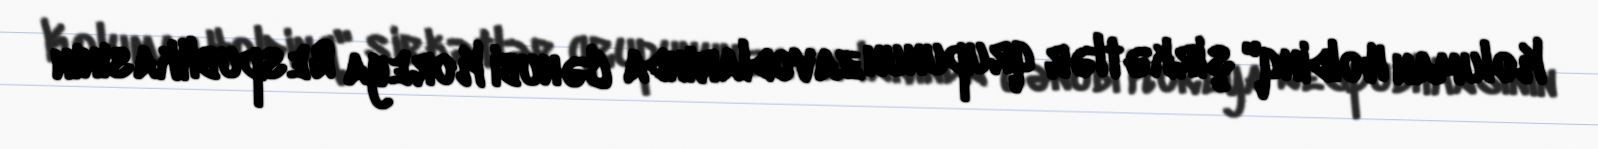
Koluman Holdinq" şirkətlər qrupunun zavodlarında Cənubi Koreya Respublikasının